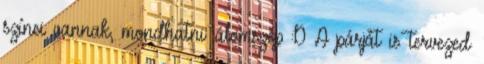
színei vannak, mondhatni: álomszép :D A párját is tervezed